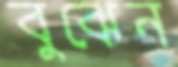
বুঝেন